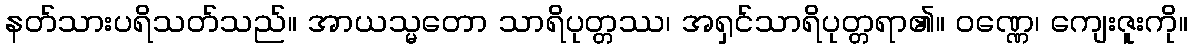
နတ်သားပရိသတ်သည်။ အာယသ္မတော သာရိပုတ္တဿ၊ အရှင်သာရိပုတ္တရာ၏။ ဝဏ္ဏေ၊ ကျေးဇူးကို။